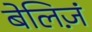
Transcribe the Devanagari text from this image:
बेलिज़ं